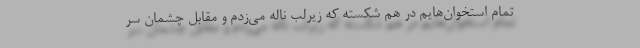
تمام استخوان‌هایم در هم شکسته که زیرلب ناله می‌زدم و مقابل چشمان سر